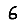
Digit: 6